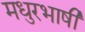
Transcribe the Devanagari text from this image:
मधुरभाषी